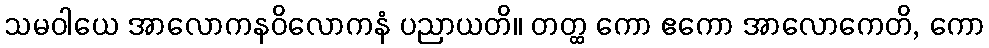
သမဝါယေ အာလောကနဝိလောကနံ ပညာယတိ။ တတ္ထ ကော ဧကော အာလောကေတိ, ကော